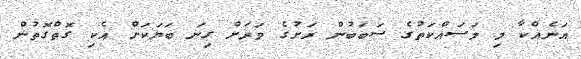
އަނެއްކާ މި މަސައްކަތުގެ ސަބަބުން ރަށުގެ ވަރަށް ގިނަ ބަޔަކަށް އެކި ގޮތްގޮތުން